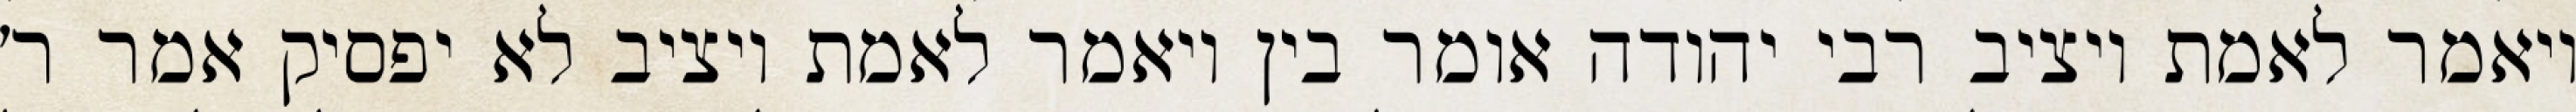
ויאמר לאמת ויציב רבי יהודה אומר בין ויאמר לאמת ויציב לא יפסיק אמר ר׳